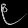
Digit: ၉